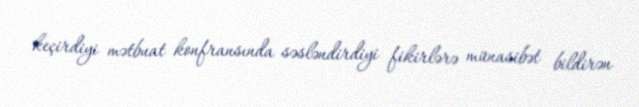
keçirdiyi mətbuat konfransında səsləndirdiyi fikirlərə münasibət bildirən